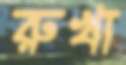
রুখা